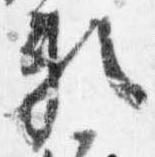
頼